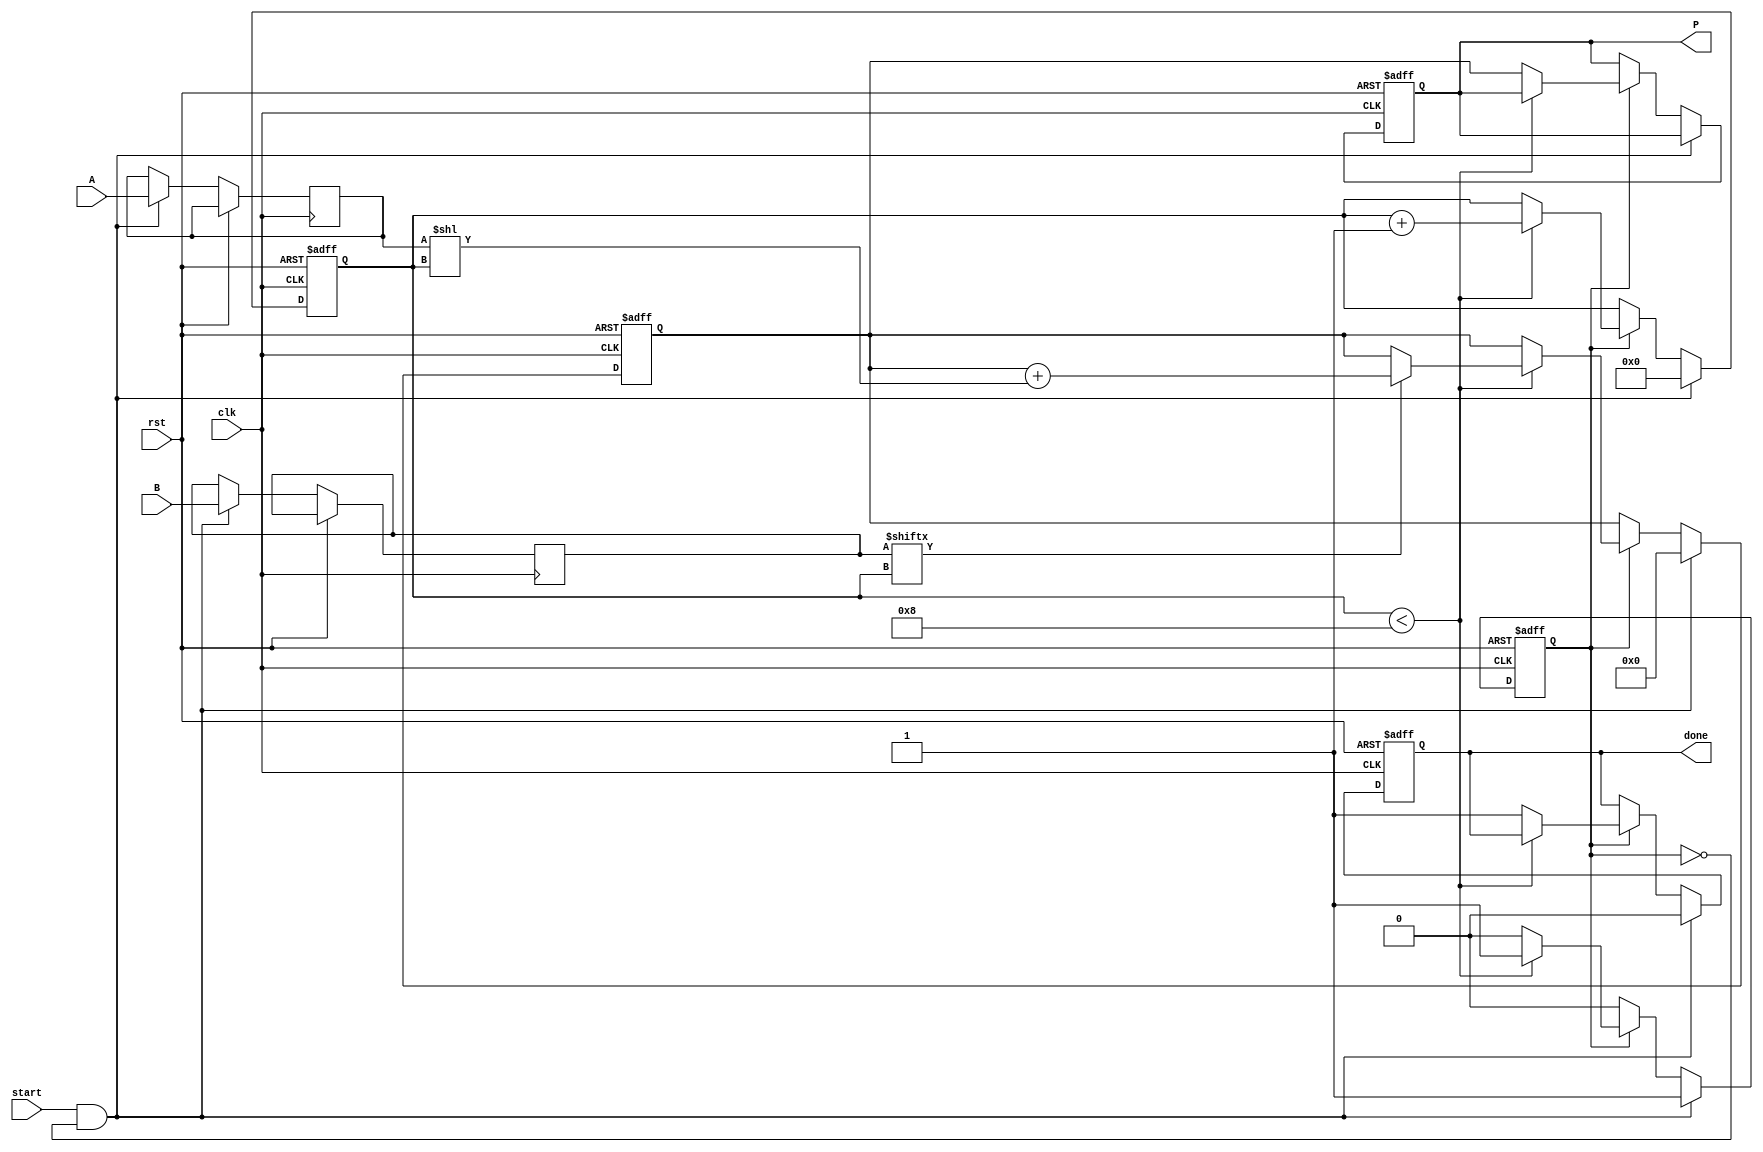
module radix2_multiplier #(
    parameter N = 8  // Bit-width of inputs A and B
)(
    input wire [N-1:0] A,   // First operand
    input wire [N-1:0] B,   // Second operand
    input wire start,        // Start signal for multiplication
    input wire clk,          // Clock signal
    input wire rst,          // Reset signal
    output reg [2*N-1:0] P,  // Product output
    output reg done          // Done signal
);

    reg [N-1:0] A_reg;
    reg [N-1:0] B_reg;
    reg [2*N-1:0] sum;       // Accumulator for the product
    reg [3:0] count;         // Count for the number of bits processed
    reg processing;          // Flag to indicate processing state

    // Sequential logic for multiplication
    always @(posedge clk or posedge rst) begin
        if (rst) begin
            P <= 0;
            sum <= 0;
            count <= 0;
            done <= 0;
            processing <= 0;
        end else if (start && !processing) begin
            // Load inputs and initialize
            A_reg <= A;
            B_reg <= B;
            sum <= 0;
            count <= 0;
            done <= 0;
            processing <= 1;
        end else if (processing) begin
            if (count < N) begin
                // Generate partial product based on B[count]
                if (B_reg[count]) begin
                    sum <= sum + (A_reg << count); // Shift A by count and add to sum
                end
                count <= count + 1; // Move to the next bit
            end else begin
                // Finished processing all bits
                P <= sum; // Store the final product
                done <= 1; // Indicate completion
                processing <= 0; // Reset processing state
            end
        end
    end
endmodule